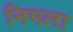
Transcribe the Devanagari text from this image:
निमला